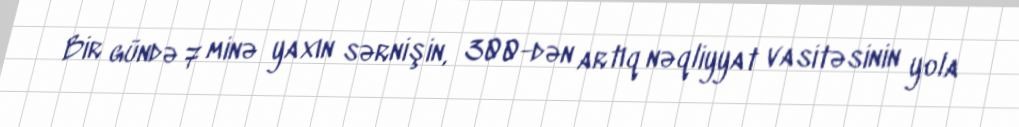
Bir gündə 7 minə yaxın sərnişin, 300-dən artıq nəqliyyat vasitəsinin yola